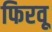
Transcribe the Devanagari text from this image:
फिरवू